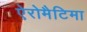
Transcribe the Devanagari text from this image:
ऐरोमैटिमा